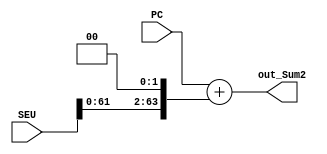
module Sum2(
    input [63:0] PC,
    input [63:0] SEU,
    output [63:0] out_Sum2

    );

 assign out_Sum2 = PC + (SEU<<2);


endmodule